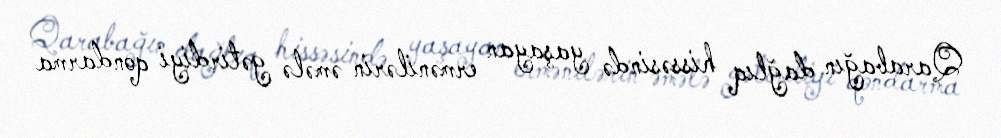
Qarabağın dağlıq hissəsində yaşayan ermənilərin əmələ gətirdiyi qondarma